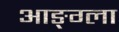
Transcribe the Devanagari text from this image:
आङ्ग्ला